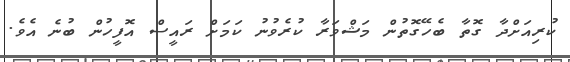
ކުރިއަށްދާ ގޮތާ ބެހޭގޮތުން މަޝްވަރާ ކުރެވުނު ކަމަށް ރައީސް އޮފީހުން ބުނެ އެވެ.